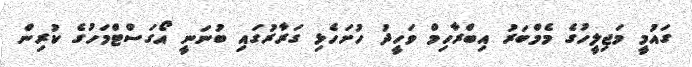
ގައުމީ މަޖިލީހުގެ މެމްބަރު އިބްރާހިމް ވަހީދު ހުށަހެޅި ގަރާރުގައި ބުނަނީ އޯގަސްޓްމަހުގެ ކުރިން